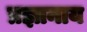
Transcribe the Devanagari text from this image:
प्रज्ञानाय